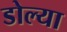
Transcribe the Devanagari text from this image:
डोल्या